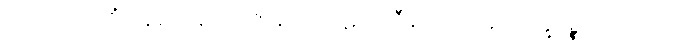
ကပ္ပိယပထဝိံ ဝိနယေနာတိ ဇာနာထ ပဋိသလ္လီနာ ဖုလ္လာနိ သက္ခရဉ္စ ဝိဝေကော